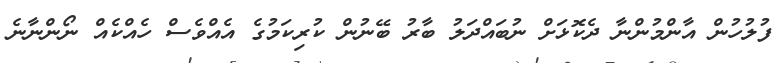
ފުލުހުން އާންމުންނާ ދެކޮޅަށް ނުބައްދަލު ބާރު ބޭނުން ކުރިކަމުގެ އެއްވެސް ހެއްކެއް ނޯންނާނެ